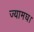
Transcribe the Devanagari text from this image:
ज्यामघ।